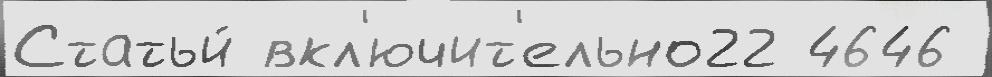
Статьи́ вкл'ючит'ельно22 4646